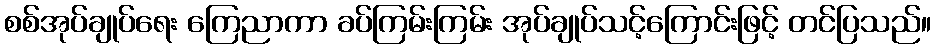
စစ်အုပ်ချုပ်ရေး ကြေညာကာ ခပ်ကြမ်းကြမ်း အုပ်ချုပ်သင့်ကြောင်းဖြင့် တင်ပြသည်။